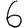
Digit: 6